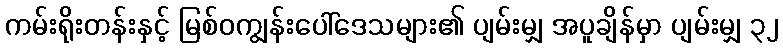
ကမ်းရိုးတန်းနှင့် မြစ်ဝကျွန်းပေါ်ဒေသများ၏ ပျမ်းမျှ အပူချိန်မှာ ပျမ်းမျှ ၃၂